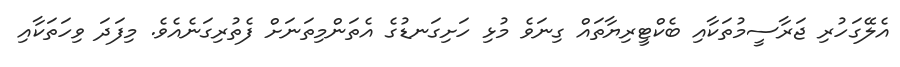
އެލޭގަހުރި ޖަރާސީމުތަކާއި ބެކްޓީރިޔާތައް ގިނަވެ މުޅި ހަށިގަނޑުގެ އެތަންމިތަނަށް ފެތުރިގަނެއެވެ. މިފަދަ ވިހަތަކާއި